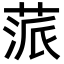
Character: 蒎